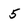
Character: 5